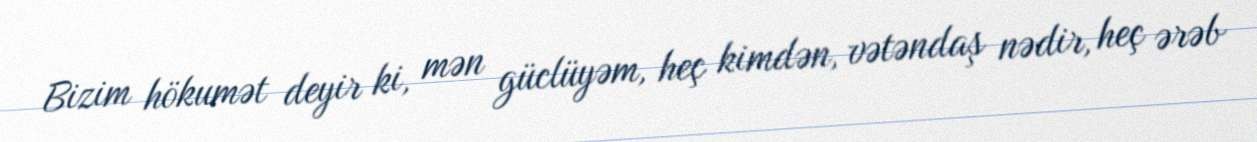
Bizim hökumət deyir ki, mən güclüyəm, heç kimdən, vətəndaş nədir, heç ərəb